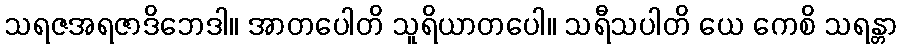
သရဇအရဇာဒိဘေဒါ။ အာတပေါတိ သူရိယာတပေါ။ သရီသပါတိ ယေ ကေစိ သရန္တာ